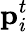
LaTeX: \textbf{p}_{i}^{t}